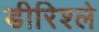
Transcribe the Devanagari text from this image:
डीरिश्ले